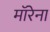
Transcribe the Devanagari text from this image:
मॉरेना